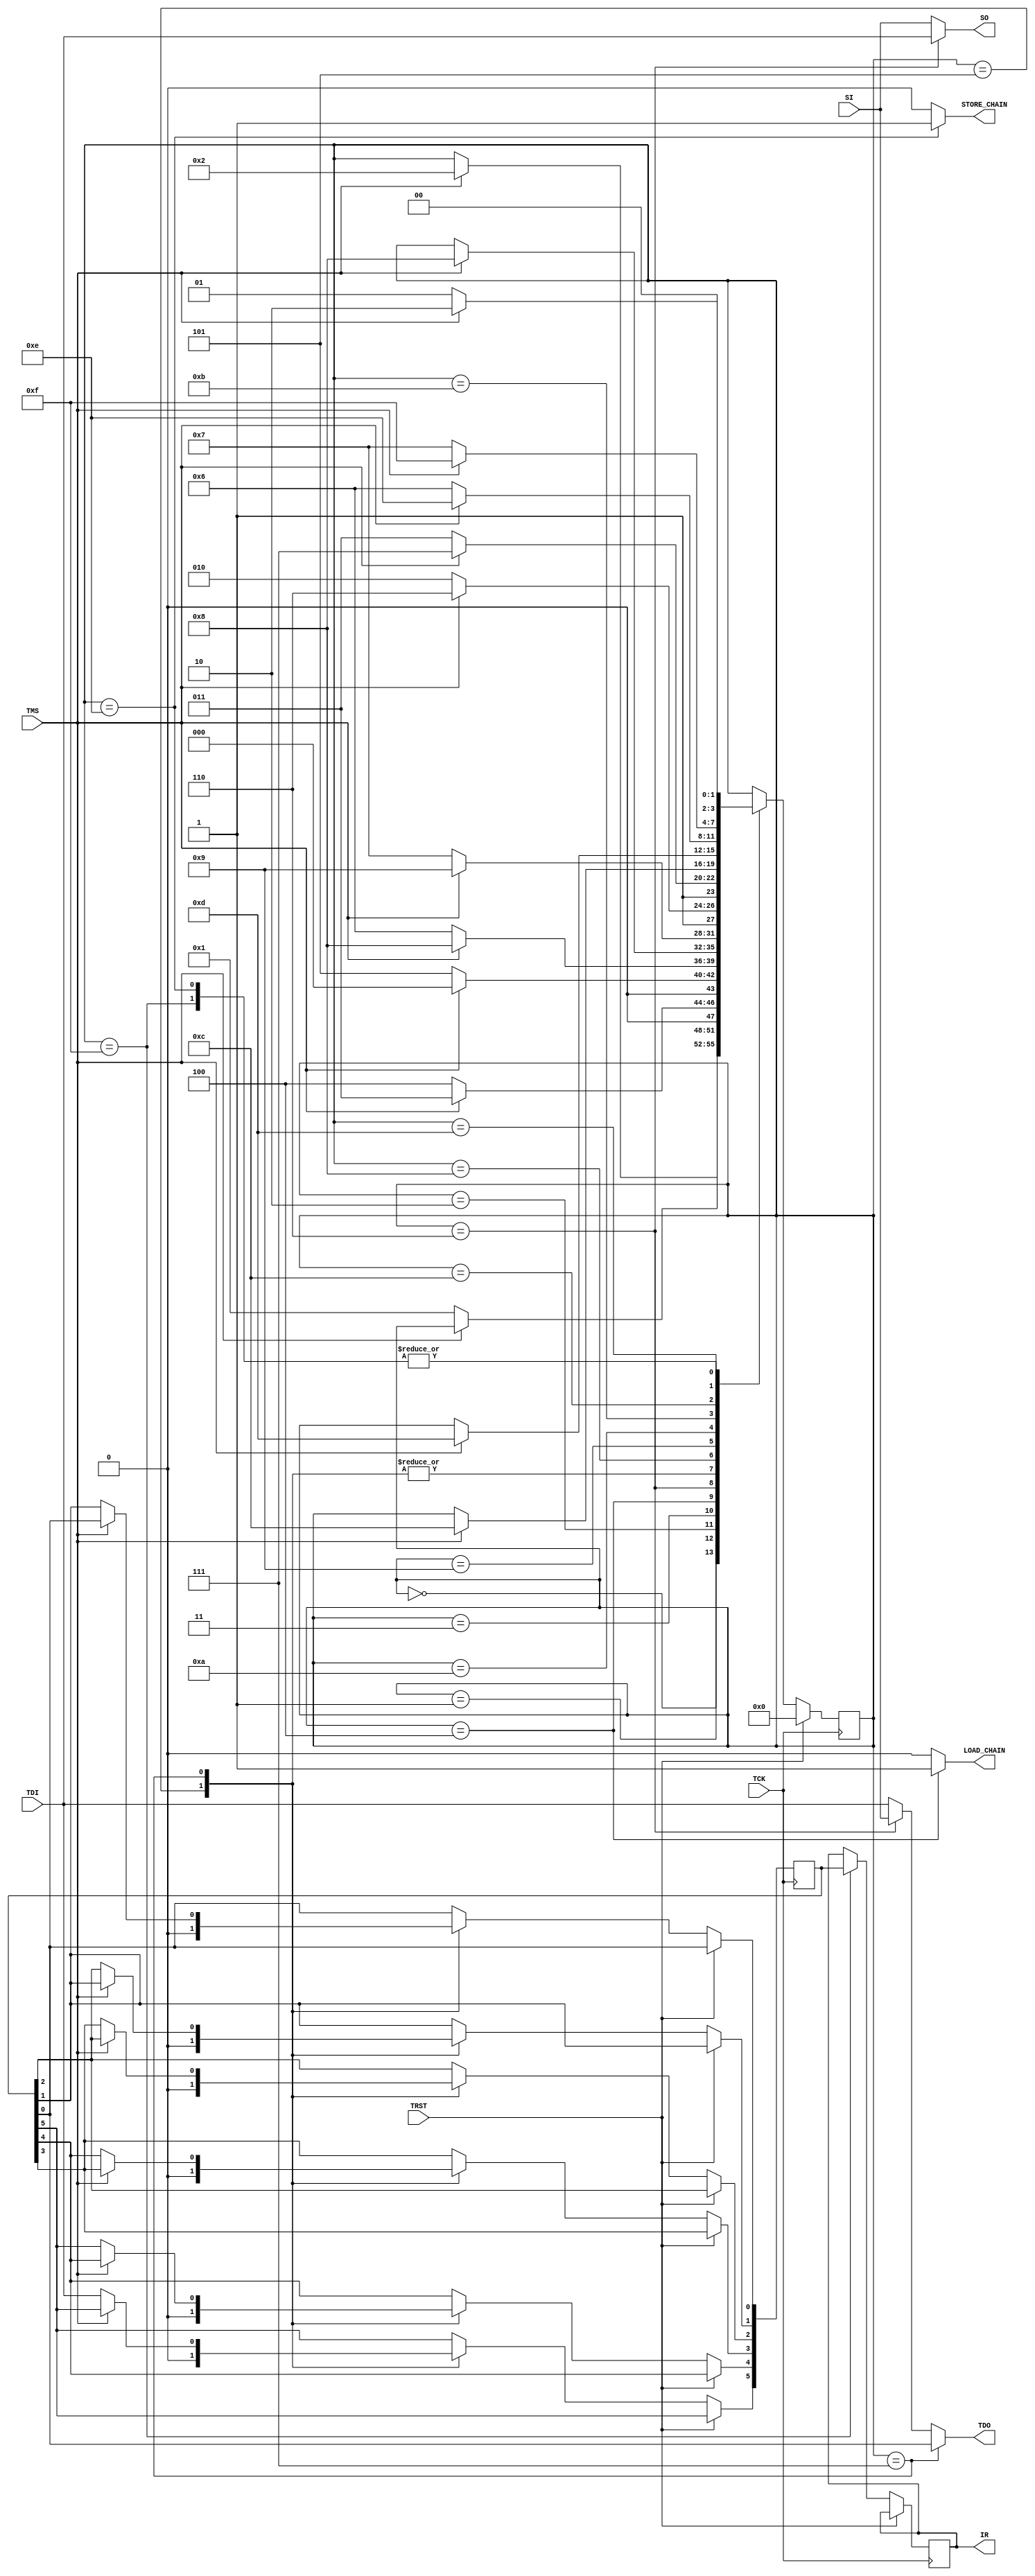
`timescale 1ns / 1ps
/**
 * Jacob Mathew
 * 29/06/2015
 *
 * JTAG TAP Controller 
 */
module tap_controller #(parameter IR_WIDTH = 6)(
    input TCK,
    input TMS,
    input TDI,
    input TRST,
    output TDO,
    output[(IR_WIDTH-1):0] IR,
    
    output SO,
    output LOAD_CHAIN,
    output STORE_CHAIN,
    input  SI
    );
  parameter TEST_RST = 4'b0000;
  parameter RT_IDLE  = 4'b0001;
  parameter SELEC_DR = 4'b0010;
  parameter SELEC_IR = 4'b0011;
  parameter CAPTR_DR = 4'b0100;
  parameter CAPTR_IR = 4'b0101;
  parameter SHIFT_DR = 4'b0110;
  parameter SHIFT_IR = 4'b0111;
  parameter EXIT1_DR = 4'b1000;
  parameter EXIT1_IR = 4'b1001;
  parameter PAUSE_DR = 4'b1010;
  parameter PAUSE_IR = 4'b1011;
  parameter EXIT2_DR = 4'b1100;
  parameter EXIT2_IR = 4'b1101;
  parameter UPDAT_DR = 4'b1110;
  parameter UPDAT_IR = 4'b1111;
  integer i;
  
  reg[3:0] state;
  reg[(IR_WIDTH-1):0] rIR_SR, rIR;
  reg rTDO;
  
  assign IR = rIR;
  assign SO = (state == SHIFT_DR)?TDI:SI;
  assign TDO = rTDO;
  
  always @ (state, SI, TDI, rIR_SR[IR_WIDTH-1]) begin
    if(state == SHIFT_IR) begin
      rTDO = rIR_SR[0];
    end else if(state == SHIFT_DR) begin
      rTDO = SI;
    end else begin
      rTDO = TDI;
    end
  end
  
  assign LOAD_CHAIN = (state == CAPTR_DR)?1'b1:1'b0;
  assign STORE_CHAIN = (state == UPDAT_DR)?1'b1:1'b0;
  
  always @ (posedge TCK) begin
    if(TRST == 1)
      state <= TEST_RST;
    else begin
      case(state)
        TEST_RST: begin
          if(TMS == 0)
            state <= RT_IDLE;
        end
        RT_IDLE: begin
          if(TMS == 1)
            state <= SELEC_DR;
        end
        SELEC_DR: begin
          if(TMS == 1)
            state <= SELEC_IR;
          else
            state <= CAPTR_DR;
        end
        SELEC_IR: begin
          if(TMS == 1)
            state <= TEST_RST;
          else
            state <= CAPTR_IR;
        end
        CAPTR_DR: begin
          if(TMS == 0)
            state <= SHIFT_DR;
          else
            state <= EXIT1_DR;
        end
        CAPTR_IR: begin
          rIR_SR <= 0;      /* Capture IR */
          if(TMS == 0)
            state <= SHIFT_IR;
          else
            state <= EXIT1_IR;
        end
        SHIFT_DR: begin
          if(TMS == 1)
            state <= EXIT1_DR;
        end
        SHIFT_IR: begin
          if(TMS == 1)
            state <= EXIT1_IR;
          else begin
            state <= SHIFT_IR;
            for(i= 0; i < IR_WIDTH-1; i = i+1)  /* Shift register */
              rIR_SR[i] <= rIR_SR[i+1];
            rIR_SR[IR_WIDTH-1] <= TDI;
          end
        end
        EXIT1_DR: begin
          if(TMS == 0)
            state <= PAUSE_DR;
          else
            state <= UPDAT_DR;
        end
        EXIT1_IR: begin
          if(TMS == 0)
            state <= PAUSE_IR;
          else
            state <= UPDAT_IR;
        end
        PAUSE_DR: begin
          if(TMS == 1)
            state <= EXIT2_DR;
        end
        PAUSE_IR: begin
          if(TMS == 1)
            state <= EXIT2_IR;
        end
        EXIT2_DR: begin
          if(TMS == 0)
            state <= SHIFT_DR;
          else
            state <= UPDAT_DR;
        end
        EXIT2_IR: begin
          if(TMS == 0)
            state <= SHIFT_IR;
          else
            state <= UPDAT_IR;
        end
        UPDAT_DR: begin
          if(TMS == 0)
            state <= RT_IDLE;
          else
            state <= SELEC_DR;
        end
        UPDAT_IR: begin
          rIR <= rIR_SR;      /* Update the IR */
          if(TMS == 0)
            state <= RT_IDLE;
          else
            state <= SELEC_DR;
        end
      endcase
    end
  end

endmodule